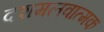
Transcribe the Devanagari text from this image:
दशमलवात्मक